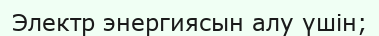
Электр энергиясын алу үшін;